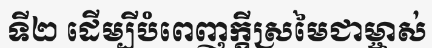
ទី២ ដើម្បីបំពេញក្តីស្រមៃជាម្ចាស់